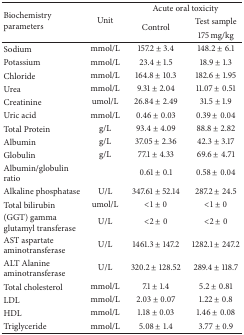
| <ROWSPAN=3> Biochemistry parameters | <ROWSPAN=3> Unit | <COLSPAN=2> Acute oral toxicity |
 | <ROWSPAN=2> Control | Test sample |
 | 175 mg/kg |
 | --- | --- | --- | --- |
 | Sodium | mmol/L | 157.2 ± 3.4 | 148.2 ± 6.1 |
 | Potassium | mmol/L | 23.4 ± 1.5 | 18.9 ± 1.3 |
 | Chloride | mmol/L | 164.8 ± 10.3 | 182.6 ± 1.95 |
 | Urea | mmol/L | 9.31 ± 2.04 | 11.07 ± 0.51 |
 | Creatinine | umol/L | 26.84 ± 2.49 | 31.5 ± 1.9 |
 | Uric acid | mmol/L | 0.46 ± 0.03 | 0.39 ± 0.04 |
 | Total Protein | g/L | 93.4 ± 4.09 | 88.8 ± 2.82 |
 | Albumin | g/L | 37.05 ± 2.36 | 42.3 ± 3.17 |
 | Globulin | g/L | 77.1 ± 4.33 | 69.6 ± 4.71 |
 | Albumin/globulin ratio |  | 0.61 ± 0.1 | 0.58 ± 0.04 |
 | Alkaline phosphatase | U/L | 347.61 ± 52.14 | 287.2 ± 24.5 |
 | Total bilirubin | umol/L | <1 ± 0 | <1 ± 0 |
 | (GGT) gamma glutamyl transferase | U/L | <2 ± 0 | <2 ± 0 |
 | AST aspartate aminotransferase | U/L | 1461.3 ± 147.2 | 1282.1 ± 247.2 |
 | ALT Alanine aminotransferase | U/L | 320.2 ± 128.52 | 289.4 ± 118.7 |
 | Total cholesterol | mmol/L | 7.1 ± 1.4 | 5.2 ± 0.81 |
 | LDL | mmol/L | 2.03 ± 0.07 | 1.22 ± 0.8 |
 | HDL | mmol/L | 1.18 ± 0.03 | 1.46 ± 0.08 |
 | Triglyceride | mmol/L | 5.08 ± 1.4 | 3.77 ± 0.9 |